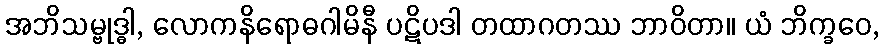
အဘိသမ္ဗုဒ္ဓါ, လောကနိရောဓဂါမိနီ ပဋိပဒါ တထာဂတဿ ဘာဝိတာ။ ယံ ဘိက္ခဝေ,